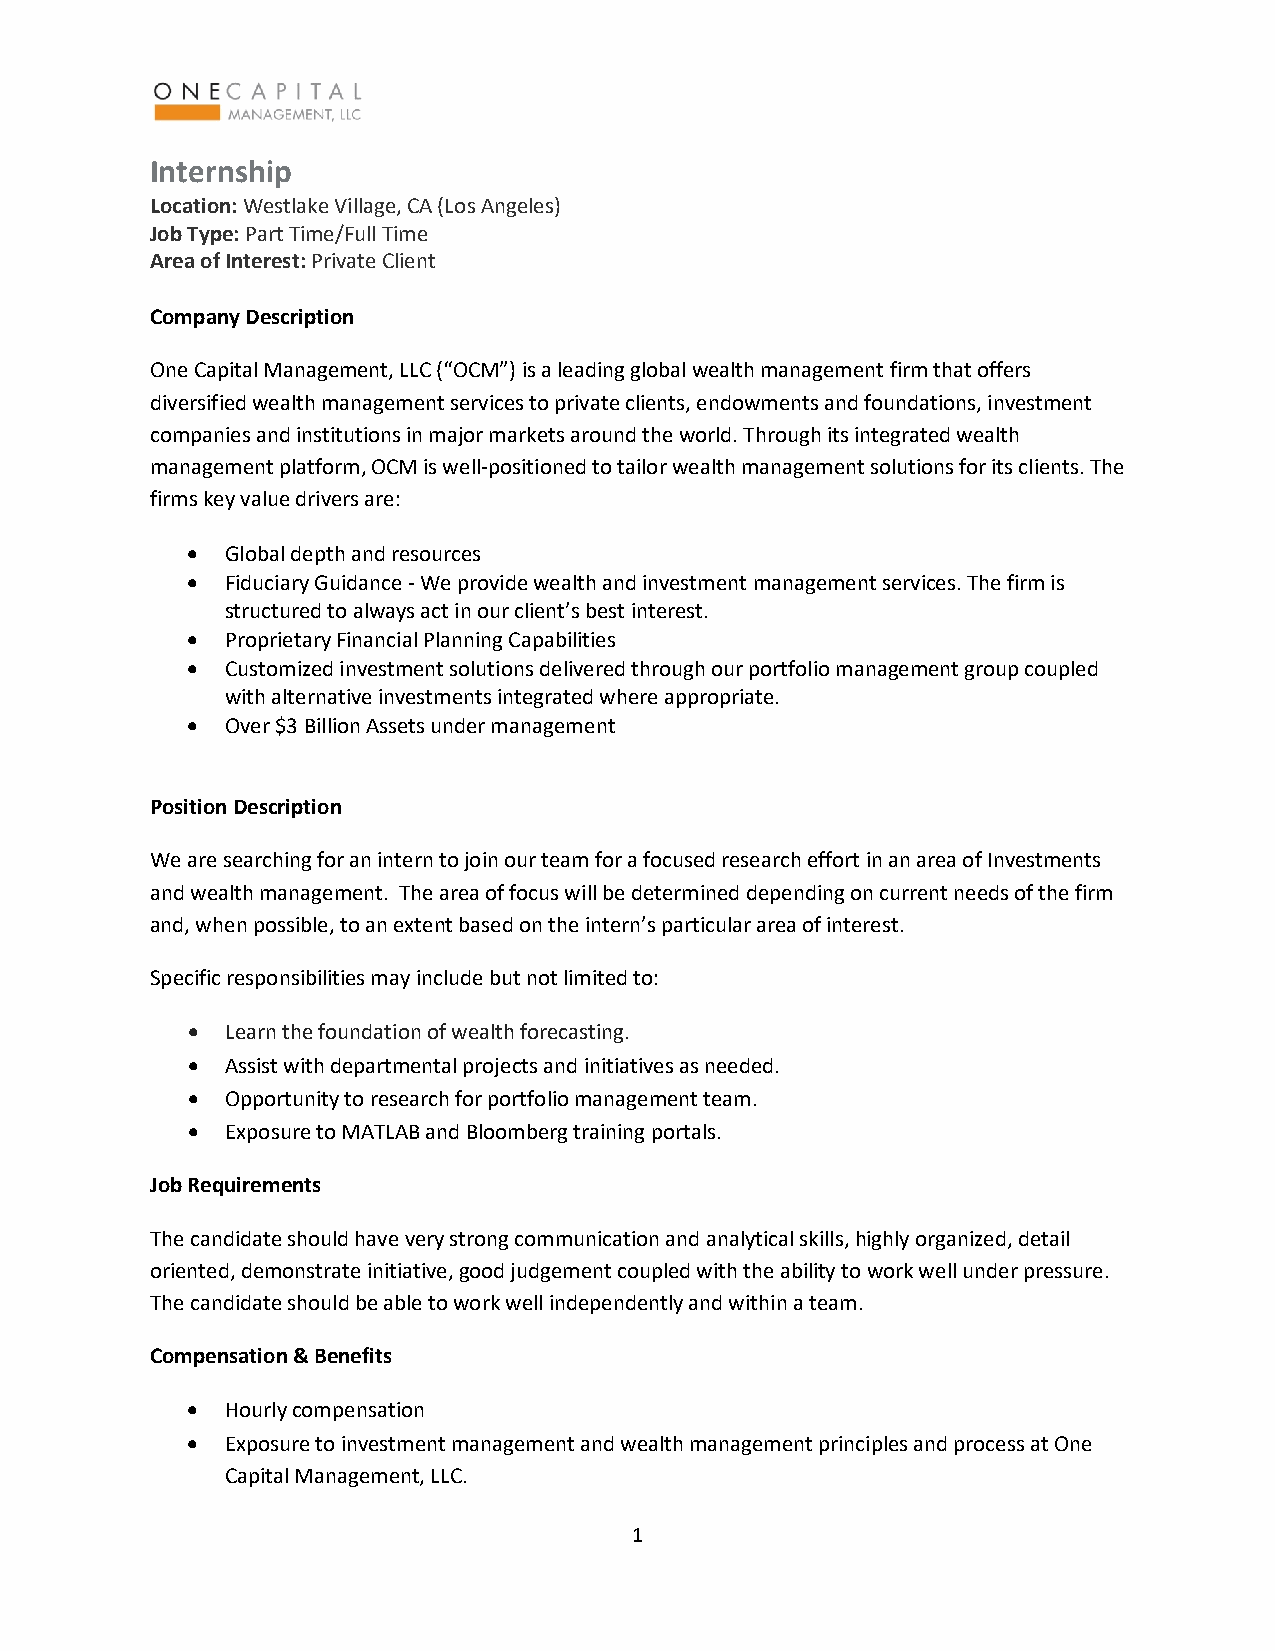
Internship
 Location: Westlake Village, CA (Los Angeles)
 Job Type: Part Time/Full Time
 Area of Interest: Private Client
 Company Description
 One Capital Management, LLC (“OCM”) is a leading global wealth management firm that offers
 diversified wealth management services to private clients, endowments and foundations, investment
 companies and institutions in major markets around the world. Through its integrated wealth
 management platform, OCM is well-positioned to tailor wealth management solutions for its clients. The
 firms key value drivers are:
 •  Global depth and resources
 •  Fiduciary Guidance - We provide wealth and investment management services. The firm is
 structured to always act in our client’s best interest.
 •  Proprietary Financial Planning Capabilities
 •  Customized investment solutions delivered through our portfolio management group coupled
 with alternative investments integrated where appropriate.
 •  Over $3 Billion Assets under management
 Position Description
 We are searching for an intern to join our team for a focused research effort in an area of Investments
 and wealth management. The area of focus will be determined depending on current needs of the firm
 and, when possible, to an extent based on the intern’s particular area of interest.
 Specific responsibilities may include but not limited to:
 •  Learn the foundation of wealth forecasting.
 •  Assist with departmental projects and initiatives as needed.
 •  Opportunity to research for portfolio management team.
 •  Exposure to MATLAB and Bloomberg training portals.
 Job Requirements
 The candidate should have very strong communication and analytical skills, highly organized, detail
 oriented, demonstrate initiative, good judgement coupled with the ability to work well under pressure.
 The candidate should be able to work well independently and within a team.
 Compensation & Benefits
 •  Hourly compensation
 •  Exposure to investment management and wealth management principles and process at One
 Capital Management, LLC.
 1